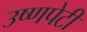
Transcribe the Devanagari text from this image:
उष्णपेटी